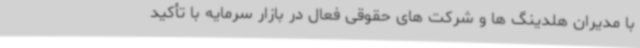
با مدیران هلدینگ ها و شرکت های حقوقی فعال در بازار سرمایه با تأکید